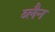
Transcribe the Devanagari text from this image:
ब्लैन